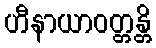
ဟီနာယာဝတ္တန္တိ